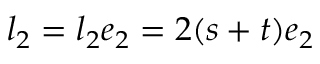
\boldsymbol { l } _ { 2 } = l _ { 2 } \boldsymbol { e } _ { 2 } = 2 ( s + t ) \boldsymbol { e } _ { 2 }